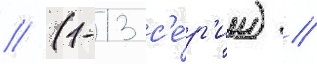
// (1-13 с'е́р'ии) //